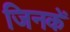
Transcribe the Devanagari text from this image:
जिनकें